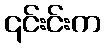
၎င်းင်းက